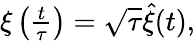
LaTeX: \begin{array}{r}{\xi\left(\frac{t}{\tau}\right)=\sqrt{\tau}\hat{\xi}(t),}\end{array}